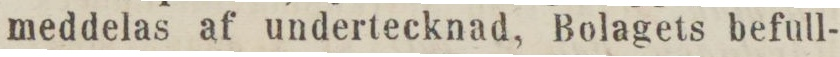
meddelas af undertecknad, Bolagets befull-